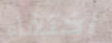
اختفاء